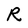
Character: R